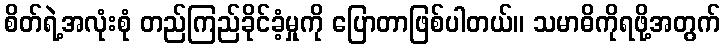
စိတ်ရဲ့အလုံးစုံ တည်ကြည်ခိုင်ခံ့မှုကို ပြောတာဖြစ်ပါတယ်။ သမာဓိကိုရဖို့အတွက်